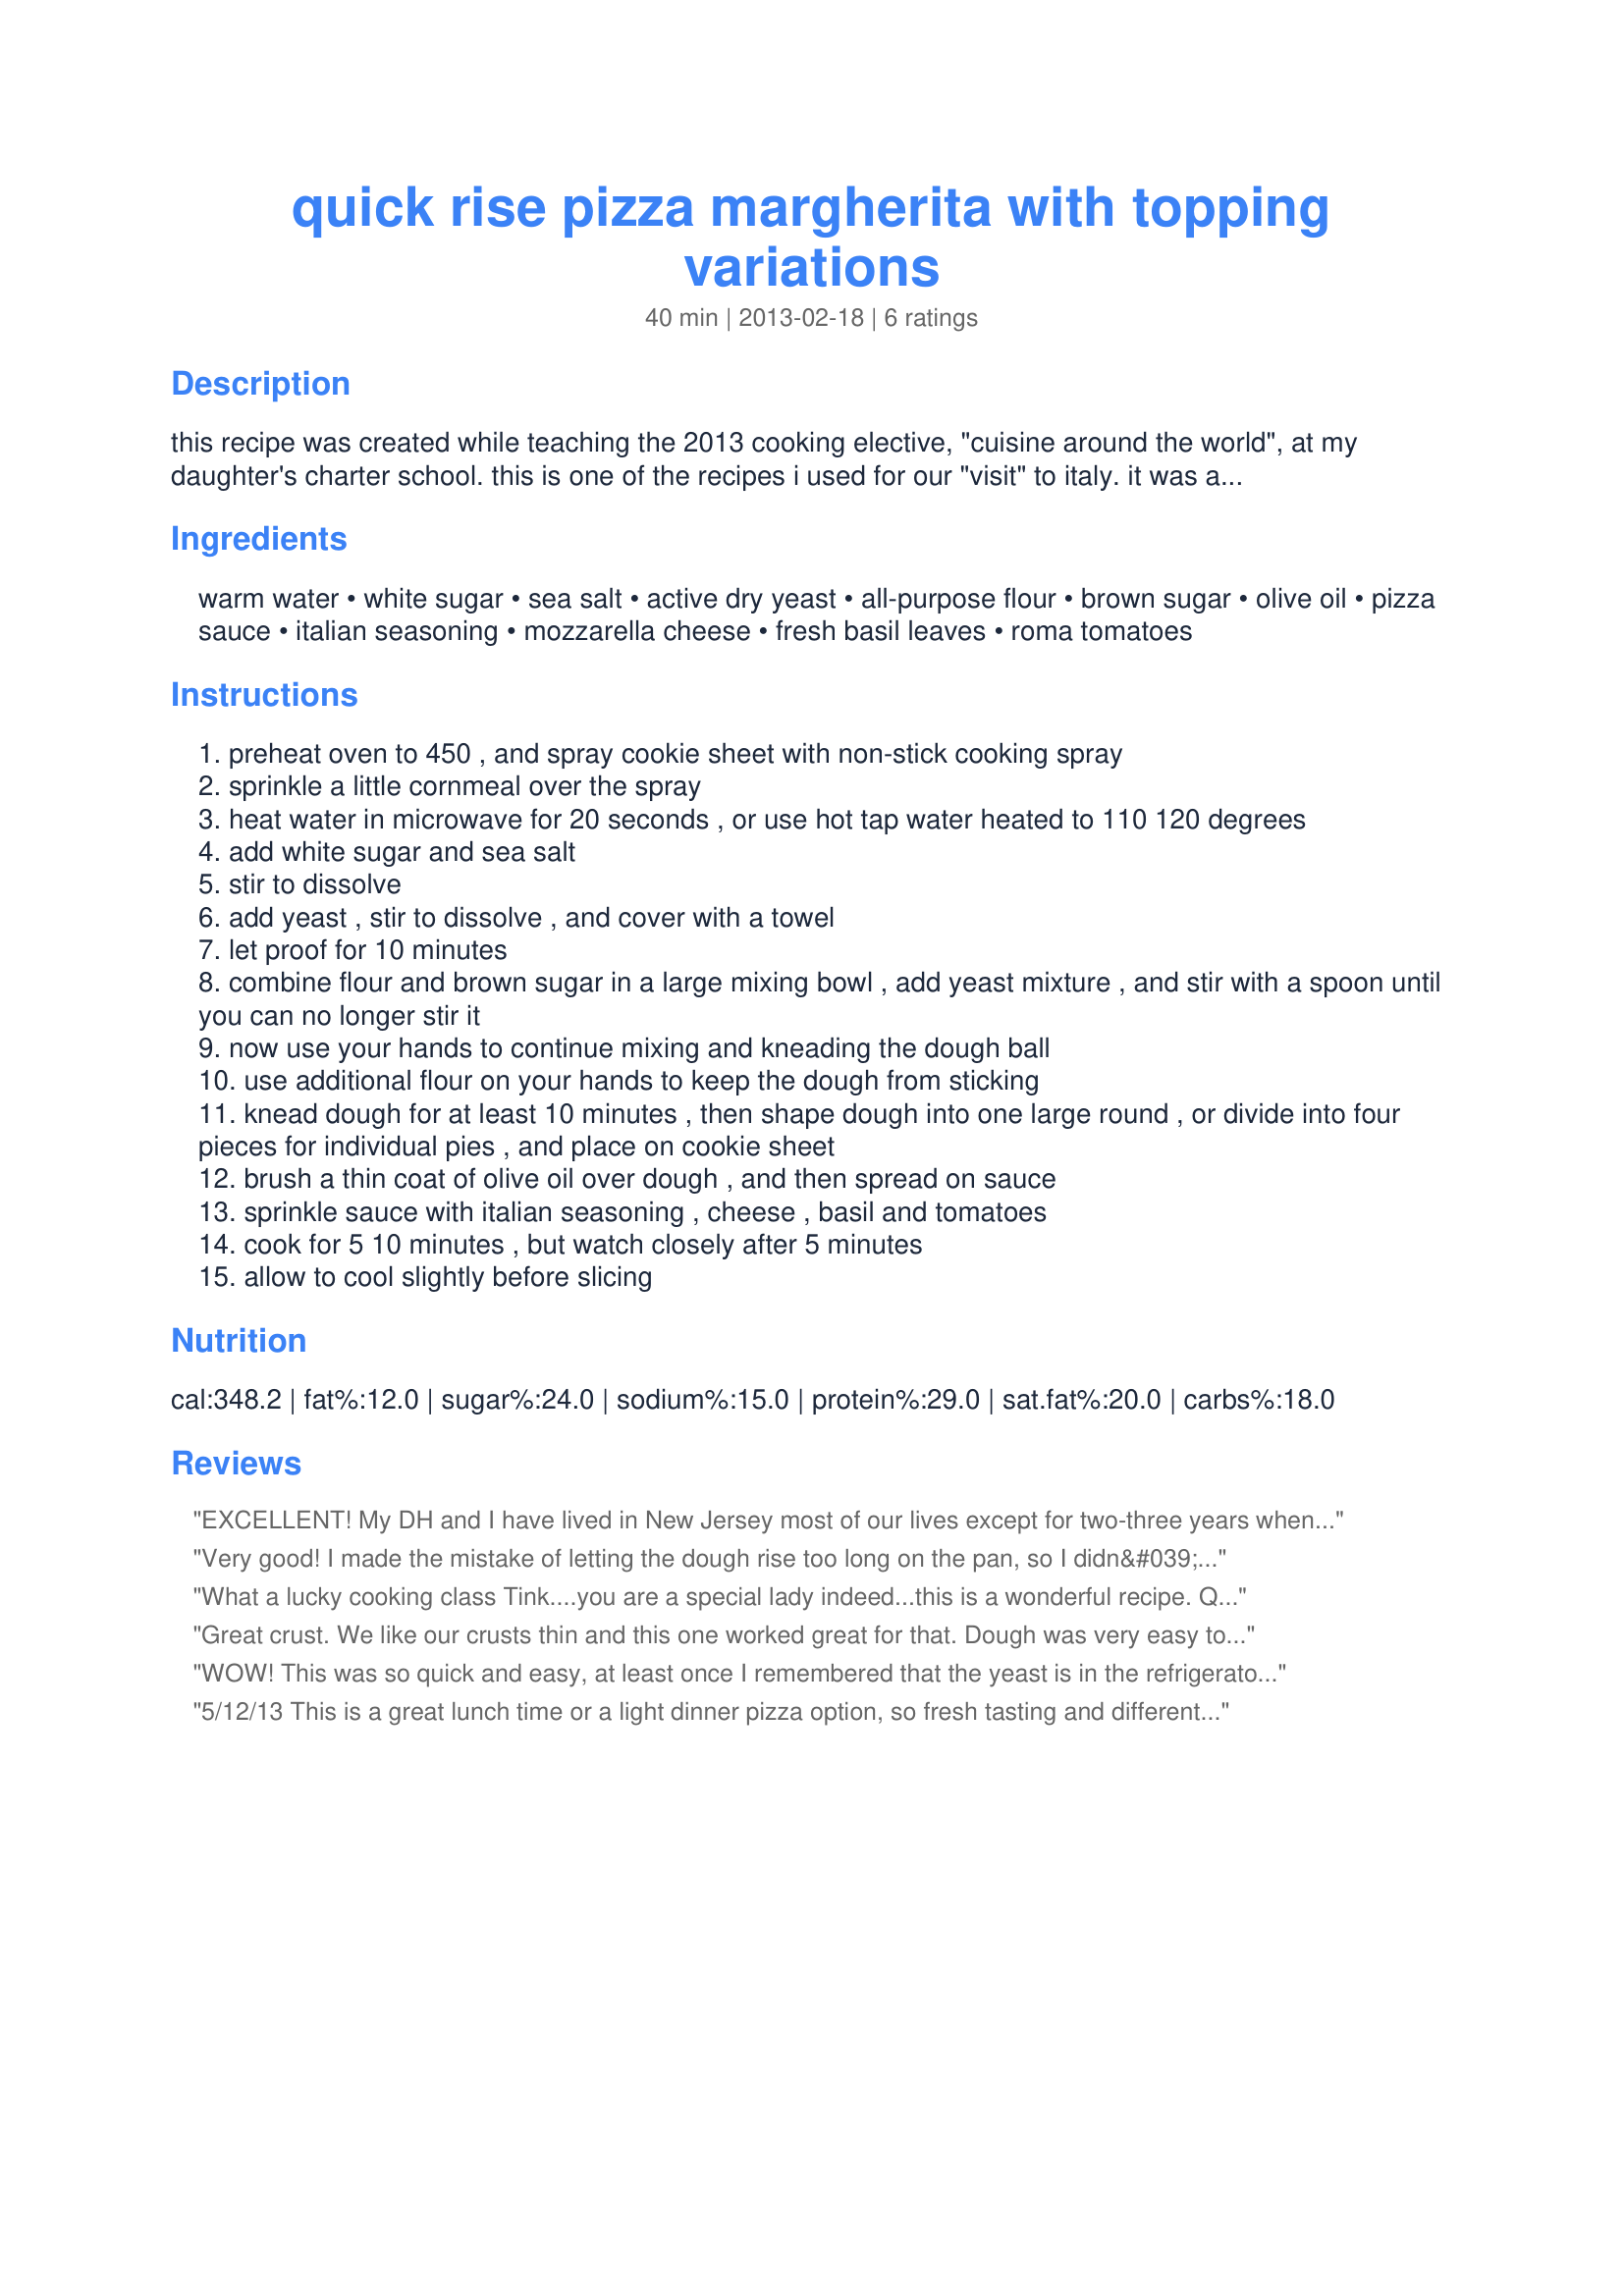
quick rise pizza margherita with topping variations
Preparation time: 40 minutes

this recipe was created while teaching the 2013 cooking elective, "cuisine around the world", at my daughter's charter school. this is one of the recipes i used for our "visit" to italy. it was a creation that resulted after reducing several recipes down to an individual pizza sized dough amount, and testing them by making the dough in a small bowl, and kneading on a small amount of waxed paper. i wanted each student to be able to make their own individual pizza dough and pizza. this recipe makes a whole, family-sized pie, but you can divide the dough into 4 individual pies. i made this pizza a margherita for the lesson, but feel free to use other toppings to make your favorite; hawaiian, pepperoni, veggie, meat lovers, chicken bbq, chicken and ranch; etc.

Ingredients:
warm water, white sugar, sea salt, active dry yeast, all-purpose flour, brown sugar, olive oil, pizza sauce, italian seasoning, mozzarella cheese, fresh basil leaves, roma tomatoes

Steps:
preheat oven to 450 , and spray cookie sheet with non-stick cooking spray
sprinkle a little cornmeal over the spray
heat water in microwave for 20 seconds , or use hot tap water heated to 110 120 degrees
add white sugar and sea salt
stir to dissolve
add yeast , stir to dissolve , and cover with a towel
let proof for 10 minutes
combine flour and brown sugar in a large mixing bowl , add yeast mixture , and stir with a spoon until you can no longer stir it
now use your hands to continue mixing and kneading the dough ball
use additional flour on your hands to keep the dough from sticking
knead dough for at least 10 minutes , then shape dough into one large round , or divide into four pieces for individual pies , and place on cookie sheet
brush a thin coat of olive oil over dough , and then spread on sauce
sprinkle sauce with italian seasoning , cheese , basil and tomatoes
cook for 5 10 minutes , but watch closely after 5 minutes
allow to cool slightly before slicing

Reviews:
EXCELLENT! My DH and I have lived in New Jersey most of our lives except for two-three years when we were first born. In New Jersey there is at least one pizza shop in every town and some towns have multiples. So we have been hunting over the many pizza dough recipes looking for one we like and this is the one. The only problem I had is I am inept when it comes to rolling out the dough into a pizza. After seeing everyone elses&#039; photos I had great expectations, but for me this dough was no different than any others I have tried to manipulate. My end result with the help of DH was less than perfect. However, thank you for posting such a great tasting pizza dough! Tink you are the best! My toppings consisted of marinara sauce, mozzarella cheese and sweet Italian sausage. Made for Variety is the Spice of Life 2013 Event.
Very good! I made the mistake of letting the dough rise too long on the pan, so I didn&#039;t get a thin crispy crust, but it was still good Also, I skipped the brown sugar I made mine half pepperoni and half Italian sausage, and we love extra cheese so I upped the amount Thanks for sharing! Made for Variety is the Spice of Life tag game
What a lucky cooking class Tink....you are a special lady indeed...this is a wonderful recipe. Quick, easy to make, and so easy to vary with terrific results. Made the dough exactly as written, but used toppings that my picky dh would eat. I baked the pizza for 15 minutes in a 448 degree convection oven, turned out perfectly. The pie was topped with a garlic and basil pizza sauce, Italian mozzarella, parmesan reggiano, italian herb mix, coarse sea salt, spicy pepperoni, thinly sliced tomato, sweet white onion and red and yellow sweet peppers. What a treat. Thank you for sharing a recipe, that I will make again and again. The pie was delish, beautiful ingredients on a thin, crunchy crust, that was still tender on the inside....so yummy. Made for 2013 Variety Is The Spice Of Life Event.
Great crust. We like our crusts thin and this one worked great for that. Dough was very easy to work with. I divided the dough into three parts and made them &quot;rustic&quot; shaped. I made the Margherita (with fresh mozarella) and made one with just olive oil, portabello slices, red onion slices (sauteed first) and chevre (goat cheese) and the third I topped with tomato sauce, herbs, salami, mushrooms, mozarella and grated Romano. All three were delicious. This will be my go to crust for thin crust pizzas.
WOW! This was so quick and easy, at least once I remembered that the yeast is in the refrigerator! Did I say that the recipe was easy? Its quicker than ordering delivery and costs nothing to make.
5/12/13 This is a great lunch time or a light dinner pizza option, so fresh tasting and different! The grandkids and grant grandchildren enjoy the pizza as will and like to have some more for lunch no.2 is on for today!! I followed the recipe exactly except just a little less onion and I used dried basil and oregano and sprinkled generously! I add a combination of red and yellow tomatoes and sprinkled some Italian mixed seasoning on the top. Absolutely delicious! This clearly proves that you can teach an old dogs some new tricks!! The grandkids are asking for the recipe. THANK YOU !! for posting. Made for the 2013 Variety is the Spice of Life event. Update 5/18/13 Spread onion and garlic on top of pizza crust and cover with mozzarella cheese. Top with parmesan cheese and red pepper flakes. Cool a few minutes then cut and serve. 2 cups sliced onions - 2 minced garlic cloves - 1/4 teaspoon red pepper flakes - 1/3 cup parmesan cheese - 3/4 cup grated mozzarella cheese. I DO like this Pizza a lot, Thank You - For the 2013 Variety is the Spice of Life event
